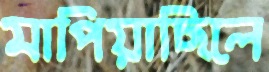
মাপিয়াছিলে